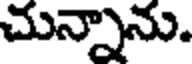
చున్నాను.